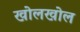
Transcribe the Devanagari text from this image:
खोलखोल